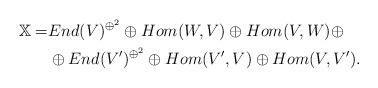
LaTeX: \begin{align*}\mathbb{X} =& End(V)^{\oplus^2}\oplus Hom(W,V) \oplus Hom (V,W)\oplus\\ & \oplus End(V')^{\oplus^2}\oplus Hom(V',V)\oplus Hom(V,V').\end{align*}